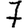
Digit: 7